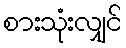
စားသုံးလျှင်